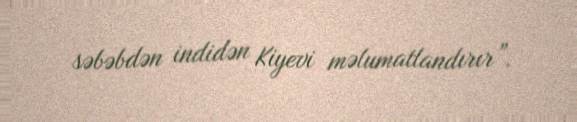
səbəbdən indidən Kiyevi məlumatlandırır”.